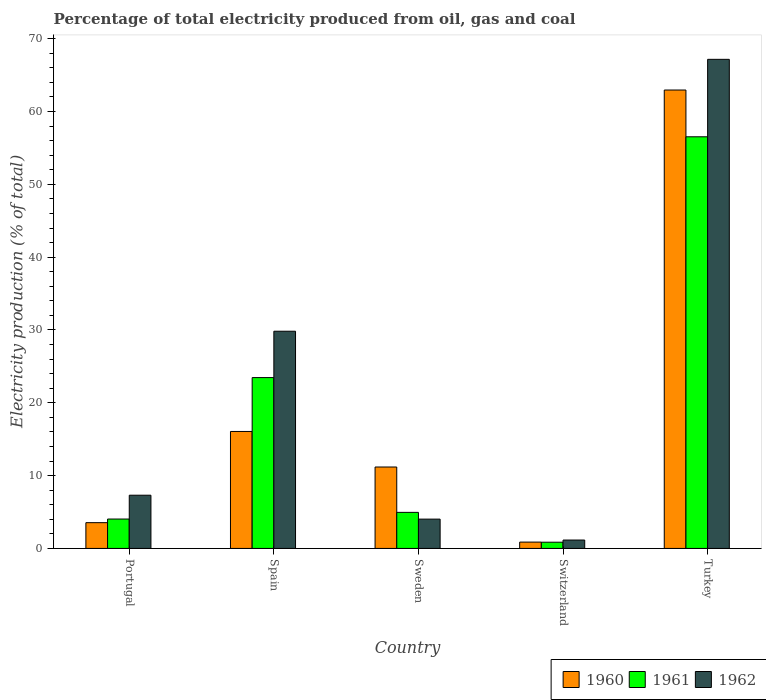
| Country | 1960 | 1961 | 1962 |
 | --- | --- | --- | --- |
 | Portugal | 3.54 | 4.04 | 7.31 |
 | Spain | 16.1 | 23.5 | 29.8 |
 | Sweden | 11.2 | 4.95 | 4.02 |
 | Switzerland | 0.87 | 0.854 | 1.15 |
 | Turkey | 62.9 | 56.5 | 67.2 |